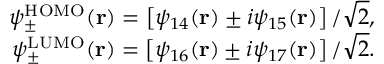
\begin{array} { r } { \psi _ { \pm } ^ { \mathrm { H O M O } } ( \mathbf { r } ) = \left[ \psi _ { 1 4 } ( \mathbf { r } ) \pm i \psi _ { 1 5 } ( \mathbf { r } ) \right] / \sqrt { 2 } , } \\ { \psi _ { \pm } ^ { \mathrm { L U M O } } ( \mathbf { r } ) = \left[ \psi _ { 1 6 } ( \mathbf { r } ) \pm i \psi _ { 1 7 } ( \mathbf { r } ) \right] / \sqrt { 2 } . } \end{array}